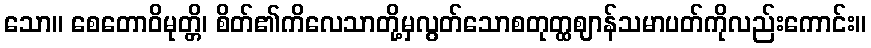
သော။ စေတောဝိမုတ္တိ၊ စိတ်၏ကိလေသာတို့မှလွတ်သောစတုတ္ထဈာန်သမာပတ်ကိုလည်းကောင်း။